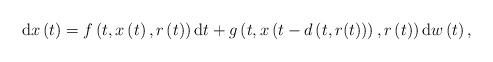
LaTeX: \begin{align*}\mathrm{d}x\left( t\right) =f\left( t,x\left( t\right) ,r\left(t\right) \right) \mathrm{d}t+g\left( t,x\left( t-d\left( t,r(t)\right)\right) ,r\left( t\right) \right) \mathrm{d}w\left( t\right) ,\end{align*}